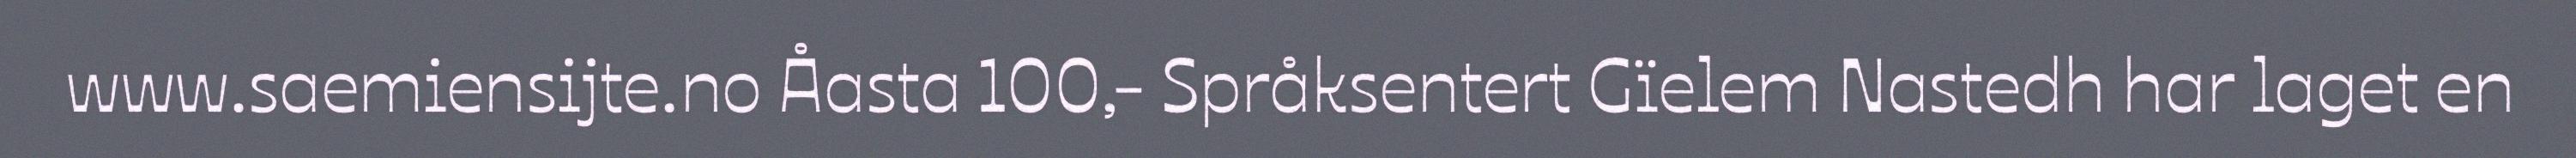
www.saemiensijte.no Åasta 100,- Språksentert Gïelem Nastedh har laget en